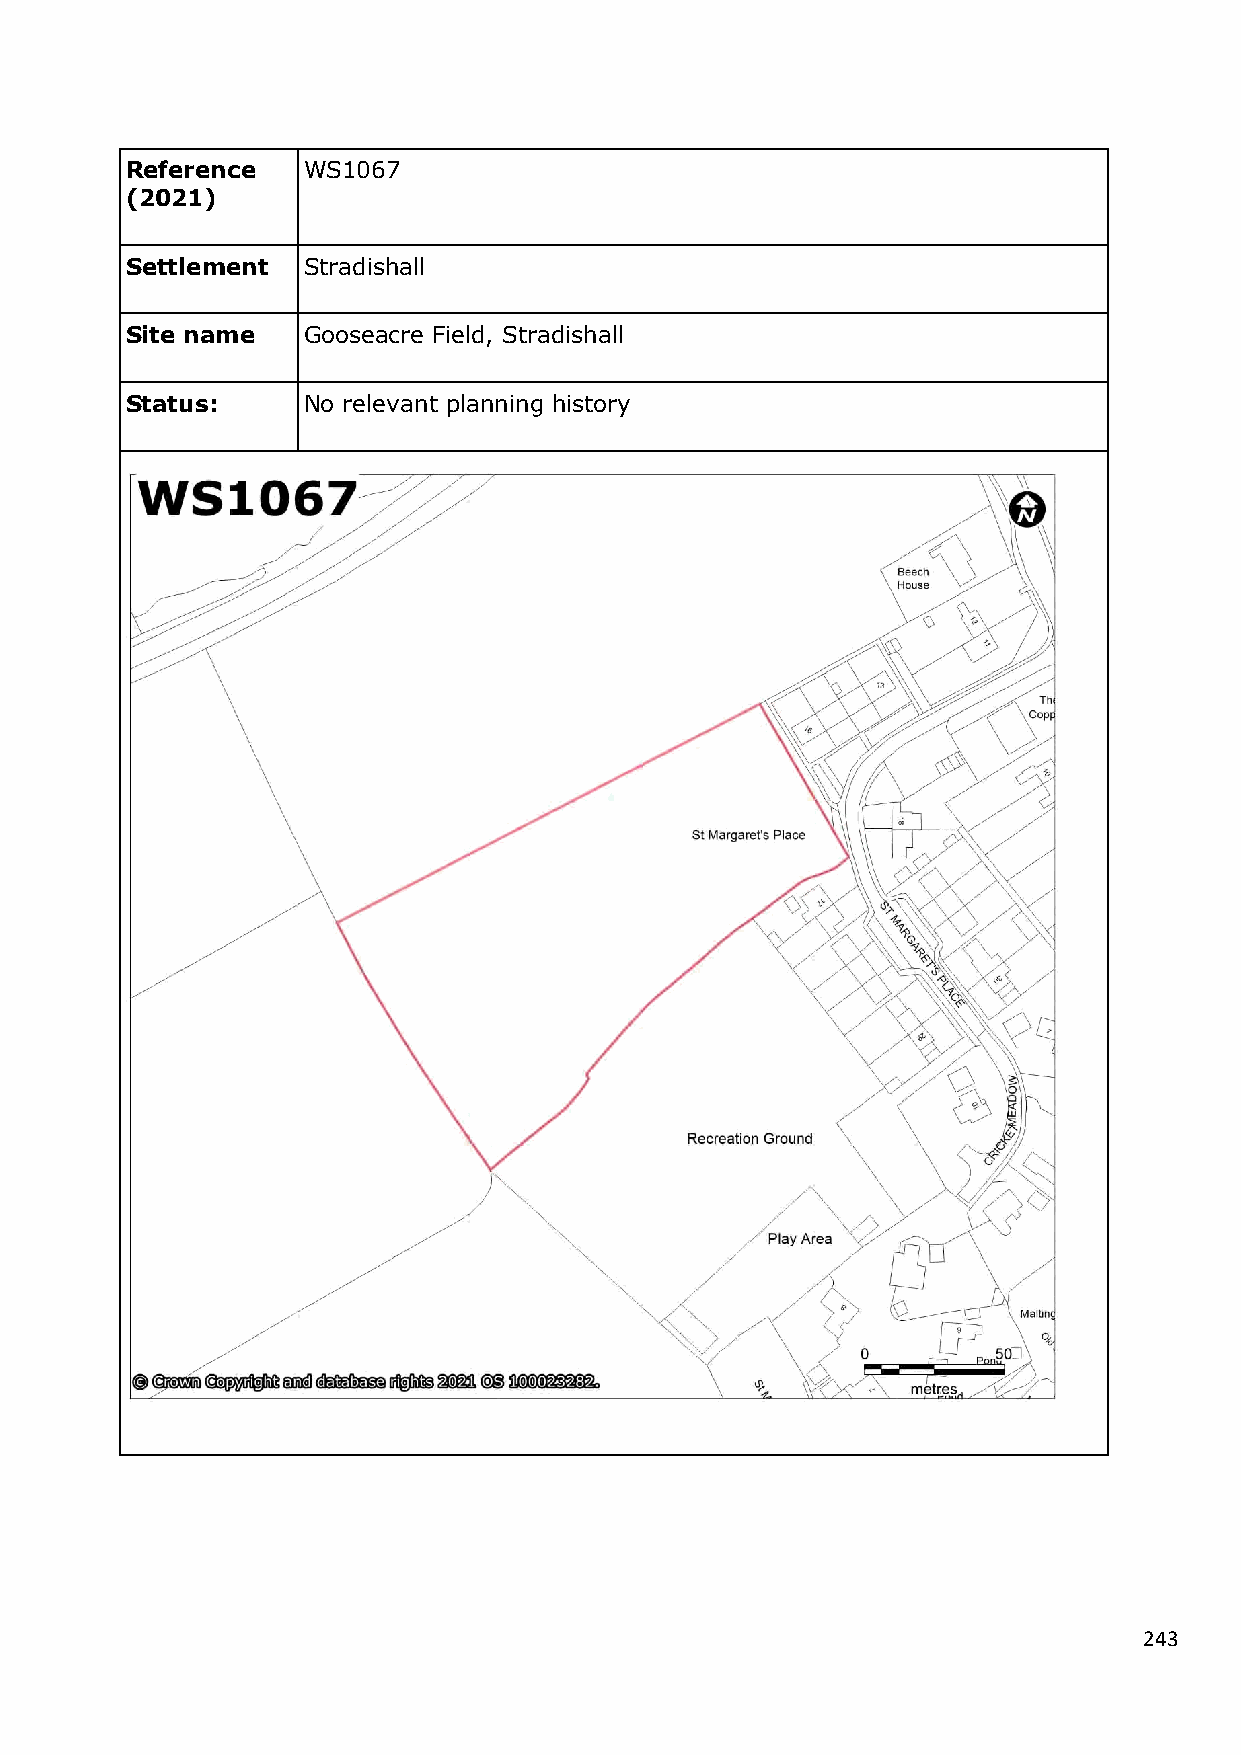
Reference   WS1067
 (2021)
 Settlement  Stradishall
 Site name   Gooseacre Field, Stradishall
 Status:     No relevant planning history
 243